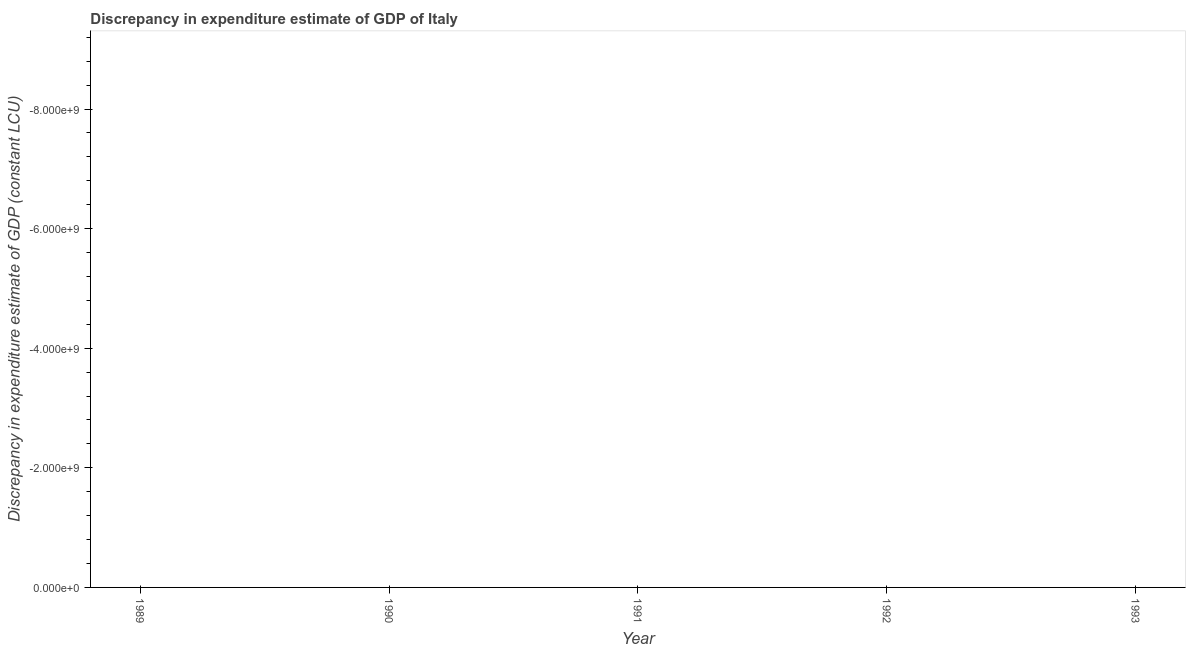
| Year | Discrepancy constant LCU |
 | --- | --- |
 | 1989 | -9.44e+09 |
 | 1990 | -1e+10 |
 | 1991 | -1.21e+10 |
 | 1992 | -1.12e+10 |
 | 1993 | -1.05e+10 |